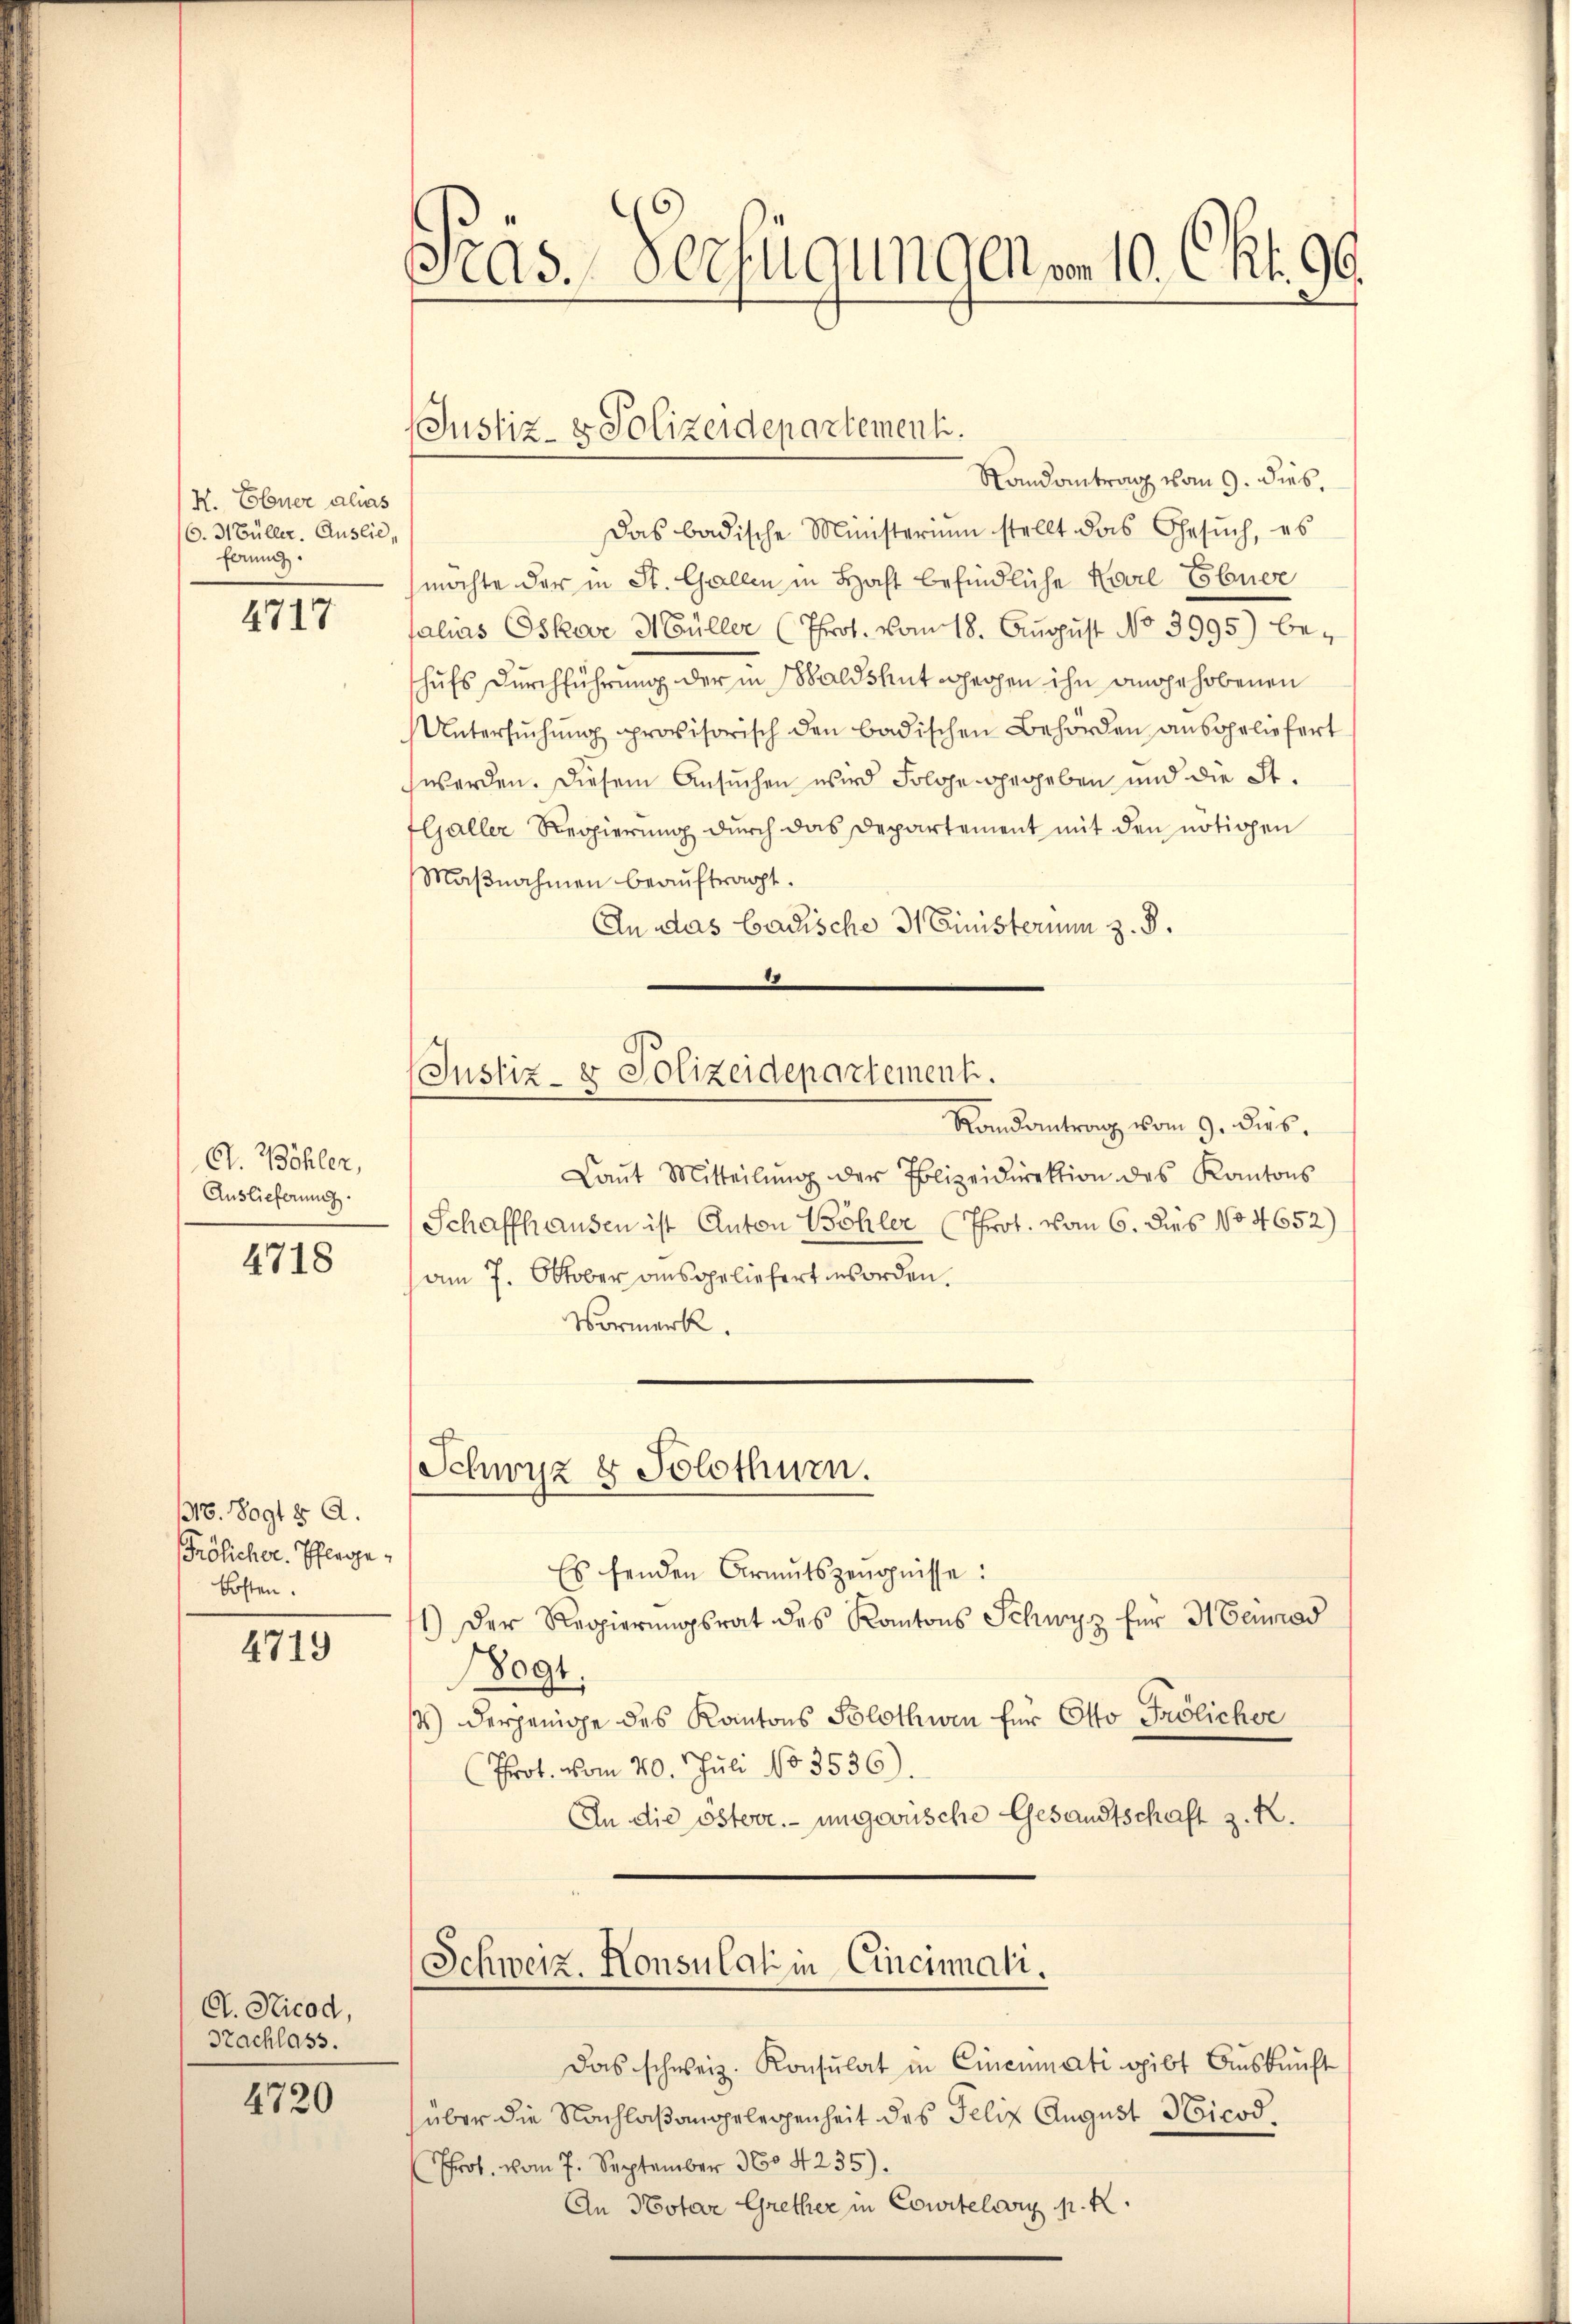
K. Ebner alias
C. Müller. Auslie,
fanz.

4717

G. Böhler,
Auslieferung.

4718

318. Vogt 8 A.
Frölicher. Pflege
kosten.

4719

C. Sticod,
Trachlass.

4720

Pras. Verfügung vom 10. Okt. 90.

Es fenden Armutszeŭgnisse:
1) Der Regierŭngsrat des Kantons Schwyz für 3 Genad
18091.
st) derjenige des Kantons Solothwen für Otto Frölicher
Prot. vom 20. Juli 183536).
An die österr. ungewische Gesandtschaft z. R.

Justiz- & Polizeidepartement.

Randantrag vom 9. dies.
Das badische Ministerium stellt das Gesŭch, es
möchte der in St. Gallen in Haft befindliche Karl Ebner
talias Oskar Müller (Prof. vom 18. August No 3995) be-
hufs Durchführung der in sobaldshut schechen ihn angehobenen
Untersŭchŭng provisorisch den badischen Behörden ansgeliefert
werden. Diesem Ansuchen wird Folge gegeben und die St.
flaller Regierung durch das Departement mit den notiogen
Maβnahmen beauftragt.
An das badische 31 Ministerium z. B.
Justiz- & Polizeidepartement.
Randantrag vom 9. dies.
Laŭt Mitteilŭng der Polizeidirektion des Kantons
Schaffhausen ist Anton Böhler (Prot. vom 6. dies No 4652)
am 7. Oktober ausgeliefert worden.
Vormerk.

Schwyz u Solothurn.

Schweiz. Konsulat in Cincinali.

Das schweiz. Konsulat in Einenmati gibt Auskunft
über die Nachlaßangelegenheit des Felix August Nicod.
Prof. vom 7. September 1604235).
An Notar Grether in Courtelary p.